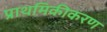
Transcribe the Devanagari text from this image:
प्राथमिकीकरण